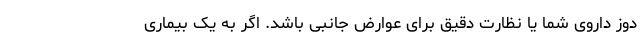
دوز داروی شما یا نظارت دقیق برای عوارض جانبی باشد. اگر به یک بیماری